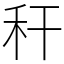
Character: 秆